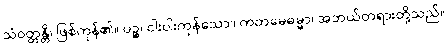
သံဝတ္တန္တိ၊ ဖြစ်ကုန်၏။ ပဉ္စ၊ ငါးပါးကုန်သော။ ကတမေဓမ္မာ၊ အဘယ်တရားတို့သည်။